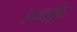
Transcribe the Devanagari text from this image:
अन्दर्वुद